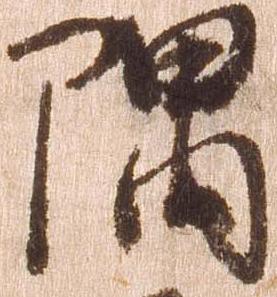
隅